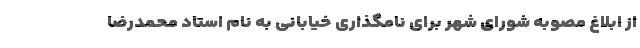
از ابلاغ مصوبه شورای شهر برای نامگذاری خیابانی به نام استاد محمدرضا